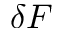
\delta F